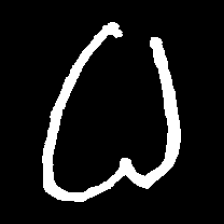
Pyu character \u2014 Myanmar letter: ဓ (romanized: dha)